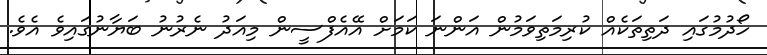
ހޯދުމުގައި ދަތިތަކެއް ކުރިމަތިވަމުން އަންނަ ކަމަށް އޭއެފްސީން މިއަދު ނެރުނު ބަޔާނުގައިވެ އެވެ.